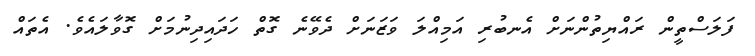
ފަލަސްތީން ރައްޔިތުންނަށް އެނބުރި އަމިއްލަ ވަޒަނަށް ދެވޭނެ ގޮތް ހަދައިދިނުމަށް ގޮވާލައެވެ. އެތައް